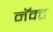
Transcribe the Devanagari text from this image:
नॅक्ट